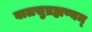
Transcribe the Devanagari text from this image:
बालसुब्रह्मण्यम्